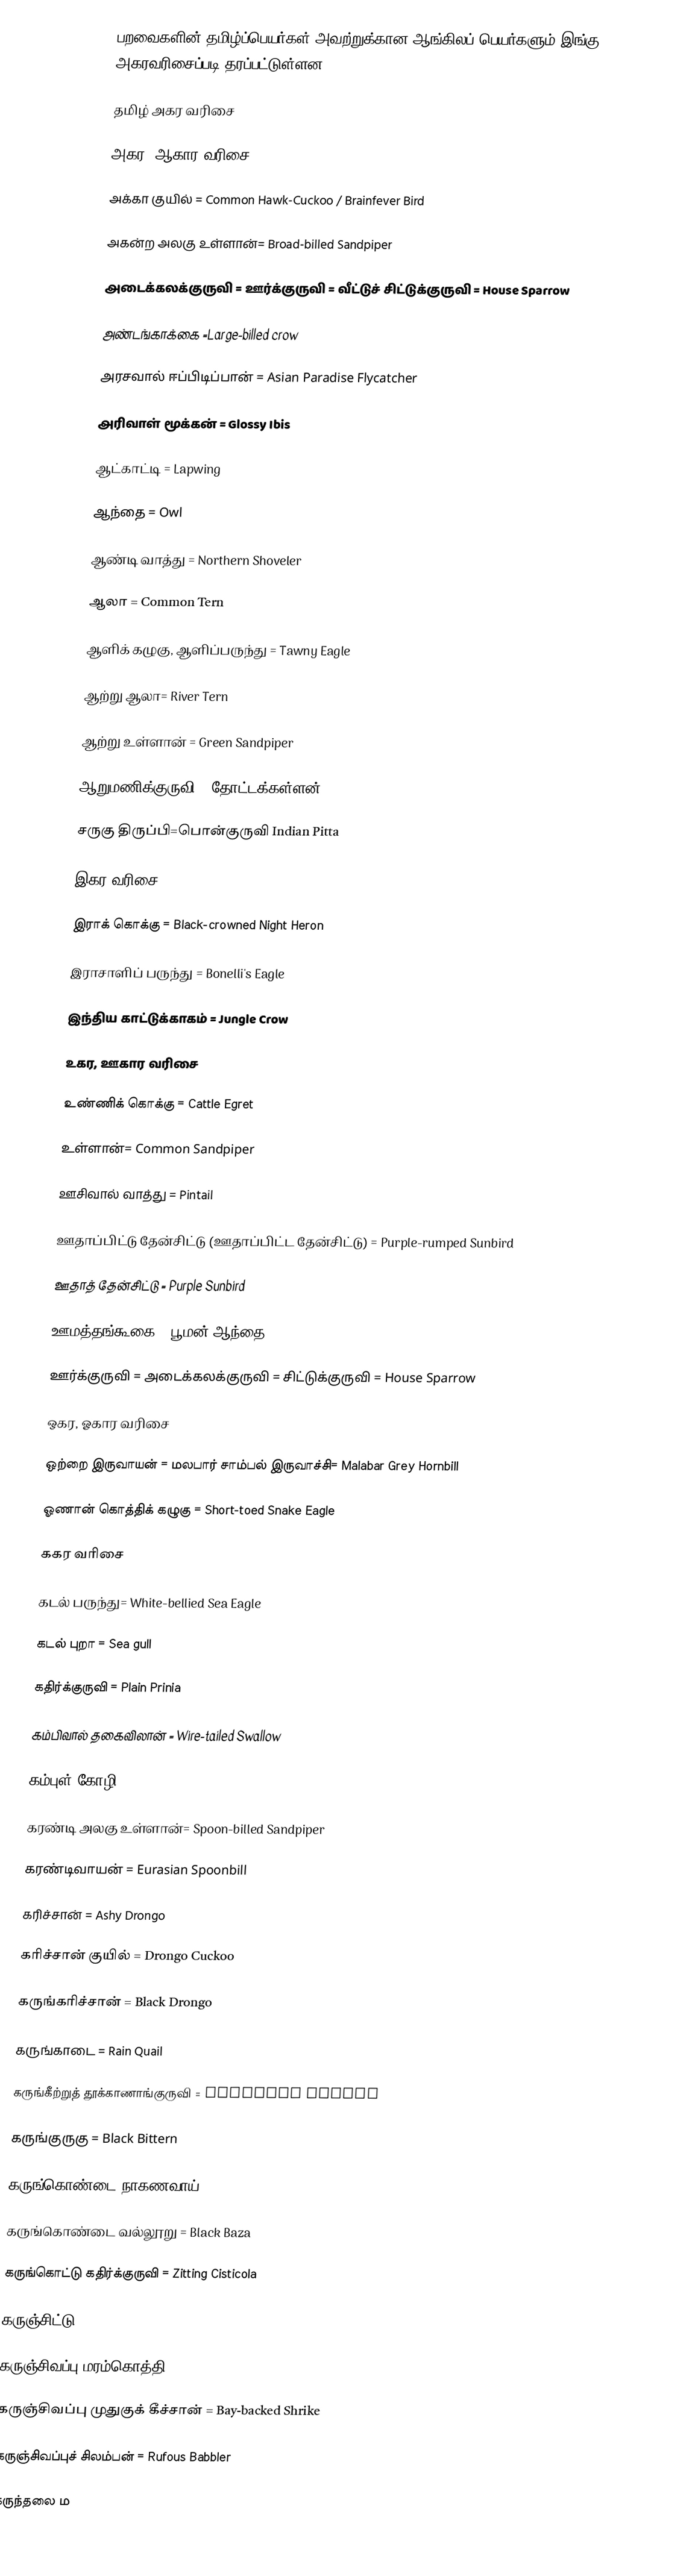
பறவைகளின் தமிழ்ப்பெயர்கள் அவற்றுக்கான ஆங்கிலப் பெயர்களும் இங்கு அகரவரிசைப்படி தரப்பட்டுள்ளன.

தமிழ் அகர வரிசை

அகர, ஆகார வரிசை

அக்கா குயில் = Common Hawk-Cuckoo / Brainfever Bird

அகன்ற அலகு உள்ளான்= Broad-billed Sandpiper

அடைக்கலக்குருவி = ஊர்க்குருவி = வீட்டுச் சிட்டுக்குருவி = House Sparrow

அண்டங்காக்கை =Large-billed crow

அரசவால் ஈப்பிடிப்பான் = Asian Paradise Flycatcher

அரிவாள் மூக்கன் = Glossy Ibis

ஆட்காட்டி = Lapwing

ஆந்தை = Owl

ஆண்டி வாத்து = Northern Shoveler

ஆலா = Common Tern

ஆளிக் கழுகு, ஆளிப்பருந்து = Tawny Eagle

ஆற்று ஆலா= River Tern

ஆற்று உள்ளான் = Green Sandpiper

ஆறுமணிக்குருவி = தோட்டக்கள்ளன்

சருகு திருப்பி=பொன்குருவி Indian Pitta

இகர வரிசை

இராக் கொக்கு = Black-crowned Night Heron

இராசாளிப் பருந்து = Bonelli's Eagle

இந்திய காட்டுக்காகம் = Jungle Crow

உகர, ஊகார வரிசை

உண்ணிக் கொக்கு = Cattle Egret

உள்ளான்= Common Sandpiper

ஊசிவால் வாத்து = Pintail

ஊதாப்பிட்டு தேன்சிட்டு (ஊதாப்பிட்ட தேன்சிட்டு) = Purple-rumped Sunbird

ஊதாத் தேன்சிட்டு = Purple Sunbird

ஊமத்தங்கூகை = பூமன் ஆந்தை = Brownfish owl

ஊர்க்குருவி = அடைக்கலக்குருவி = சிட்டுக்குருவி = House Sparrow

ஒகர, ஓகார வரிசை

ஒற்றை இருவாயன் = மலபார் சாம்பல் இருவாச்சி= Malabar Grey Hornbill

ஓணான் கொத்திக் கழுகு = Short-toed Snake Eagle

ககர வரிசை

கடல் பருந்து= White-bellied Sea Eagle

கடல் புறா = Sea gull

கதிர்க்குருவி = Plain Prinia

கம்பிவால் தகைவிலான் = Wire-tailed Swallow

கம்புள் கோழி= White-breasted Waterhen

கரண்டி அலகு உள்ளான்= Spoon-billed Sandpiper

கரண்டிவாயன் = Eurasian Spoonbill

கரிச்சான் = Ashy Drongo

கரிச்சான் குயில் = Drongo Cuckoo

கருங்கரிச்சான் = Black Drongo

கருங்காடை = Rain Quail

கருங்கீற்றுத் தூக்காணாங்குருவி = Streaked Weaver

கருங்குருகு = Black Bittern

கருங்கொண்டை நாகணவாய் = Brahminy Starling

கருங்கொண்டை வல்லூறு = Black Baza

கருங்கொட்டு கதிர்க்குருவி = Zitting Cisticola

கருஞ்சிட்டு = Indian Robin

கருஞ்சிவப்பு மரம்கொத்தி = Rufous Woodpecker

கருஞ்சிவப்பு முதுகுக் கீச்சான் = Bay-backed Shrike

கருஞ்சிவப்புச் சிலம்பன் = Rufous Babbler

கருந்தலை ம